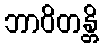
ဘာဝိတန္တိ